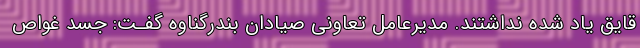
قایق یاد شده نداشتند. مدیرعامل تعاونی صیادان بندرگناوه گفـت: جسد غواص